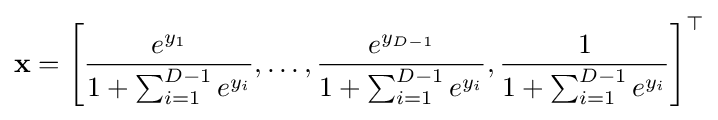
\mathbf {x} =\left[{\frac {e^{y_{1}}}{1+\sum _{i=1}^{D-1}e^{y_{i}}}},\dots ,{\frac {e^{y_{D-1}}}{1+\sum _{i=1}^{D-1}e^{y_{i}}}},{\frac {1}{1+\sum _{i=1}^{D-1}e^{y_{i}}}}\right]^{\top }